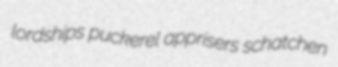
lordships puckerel apprisers schatchen